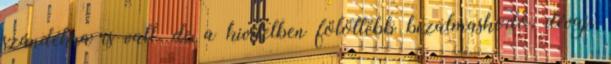
szándékra is vall, de a kivitelben fölöttébb bizalmaskodó, dévaj,